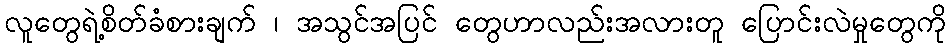
လူတွေရဲ့စိတ်ခံစားချက် ၊ အသွင်အပြင် တွေဟာလည်းအလားတူ ပြောင်းလဲမှုတွေကို